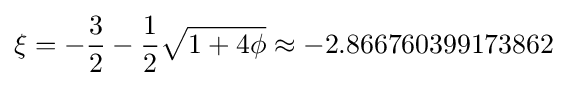
\xi =-{\frac {3}{2}}-{\frac {1}{2}}{\sqrt {1+4\phi }}\approx -2.866760399173862